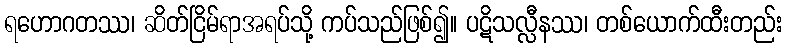
ရဟောဂတဿ၊ ဆိတ်ငြိမ်ရာအရပ်သို့ ကပ်သည်ဖြစ်၍။ ပဋိသလ္လီနဿ၊ တစ်ယောက်ထီးတည်း